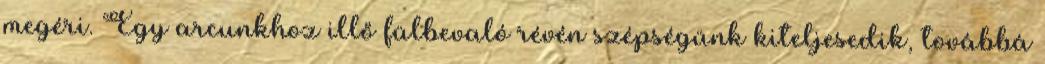
megéri. Egy arcunkhoz illő fülbevaló révén szépségünk kiteljesedik, továbbá